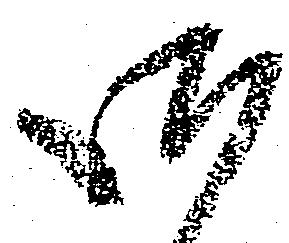
御